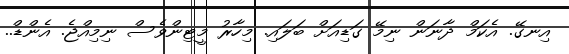
އިނގޭ. އެކަމް ދާނަން ނިމޭ ގަޑިއަށް ބަލައި. މިހާރު މީޓިންވެސް ނިމިއްޖެ. އެންޑް..